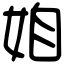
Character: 𡜍